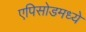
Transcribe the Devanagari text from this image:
एपिसोडमध्ये